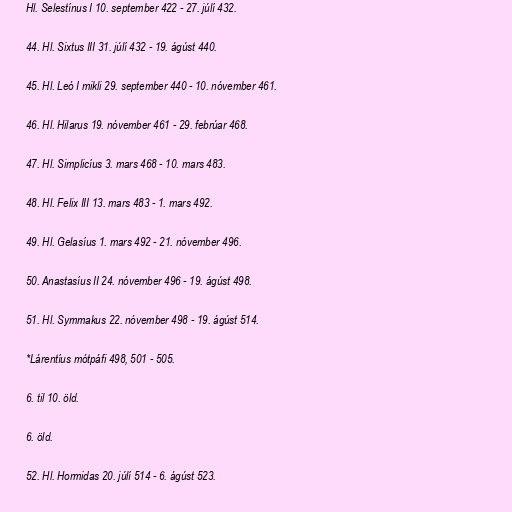
Hl. Selestínus I 10. september 422 - 27. júlí 432.

44. Hl. Sixtus III 31. júlí 432 - 19. ágúst 440.

45. Hl. Leó I mikli 29. september 440 - 10. nóvember 461.

46. Hl. Hilarus 19. nóvember 461 - 29. febrúar 468.

47. Hl. Simplicíus 3. mars 468 - 10. mars 483.

48. Hl. Felix III 13. mars 483 - 1. mars 492.

49. Hl. Gelasíus 1. mars 492 - 21. nóvember 496.

50. Anastasíus II 24. nóvember 496 - 19. ágúst 498.

51. Hl. Symmakus 22. nóvember 498 - 19. ágúst 514.

*Lárentíus mótpáfi 498, 501 - 505.

6. til 10. öld.

6. öld.

52. Hl. Hormidas 20. júlí 514 - 6. ágúst 523.